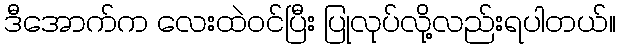
ဒီအောက်က လေးထဲဝင်ပြီး ပြုလုပ်လို့လည်းရပါတယ်။